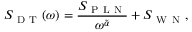
S _ { \mathrm { ~ D ~ T ~ } } ( \omega ) = \frac { S _ { \mathrm { ~ P ~ L ~ N ~ } } } { \omega ^ { \tilde { \alpha } } } + S _ { \mathrm { ~ W ~ N ~ } } ,